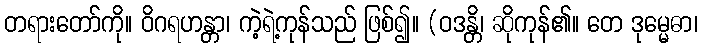
တရားတော်ကို။ ဝိဂရဟန္တာ၊ ကဲ့ရဲ့ကုန်သည် ဖြစ်၍။ (ဝဒန္တိ၊ ဆိုကုန်၏။ တေ ဒုမ္မေဓာ၊